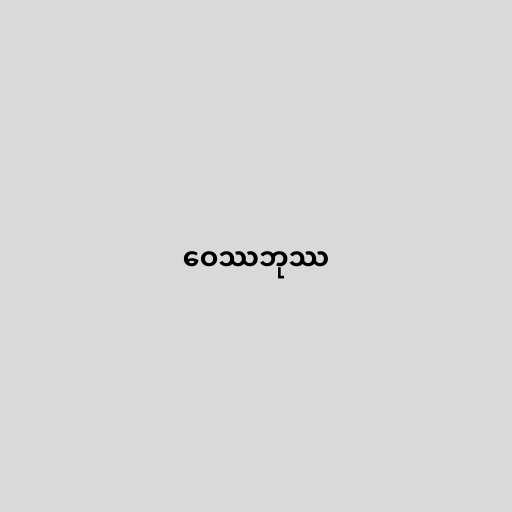
ဝေဿဘုဿ